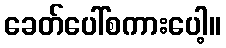
ခေတ်ပေါ်စကားပေါ့။